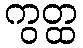
ကွတ္ထ